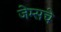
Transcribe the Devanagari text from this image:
जेम्सचे